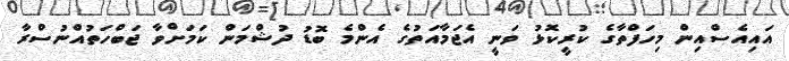
އައިއެސްއިން މިހަފްތާގެ ކުރީކޮޅު ވަނީ އެޖަމާއަތުގެ އެންމެ ބޮޑު ދުޝްމަން ކަމަށްވާ ޖަބްހަތުއްނުސްރާ